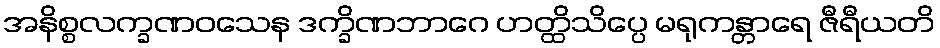
အနိစ္စလက္ခဏဝသေန ဒက္ခိဏဘာဂေ ဟတ္ထိသိပ္ပေ မရုကန္တာရေ ဇီရီယတိ